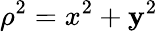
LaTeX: \rho^{2}=x^{2}+\mathbf{y}^{2}